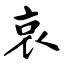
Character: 哀